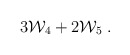
\begin{align*}3 {\cal W}_4 + 2 {\cal W}_5 \;. \end{align*}